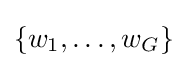
\{w_{1},\ldots ,w_{G}\}